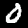
Digit: 0